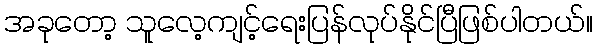
အခုတော့ သူလေ့ကျင့်ရေးပြန်လုပ်နိုင်ပြီဖြစ်ပါတယ်။